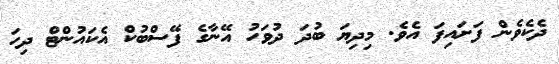
ދެކެވެން ފަށައިފަ އެވެ. މިދިޔަ ބުދަ ދުވަހު އޭނާގެ ފޭސްބުކް އެކައުންޓް ދިހަ